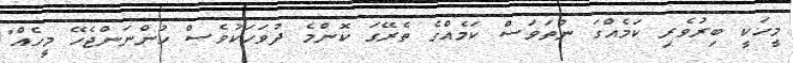
މީހަކީ ބިރުވެރި ކަމެއްގަ ނުތަވަސް ކަމެއްގެ ތެރޭގަ ކޮންމެ ދުވަހަކުވެސް ހުންނަންޖެހޭ މީހެއް"